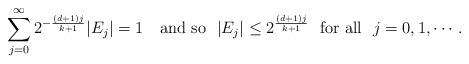
LaTeX: \begin{align*} \sum_{j=0}^\infty 2^{-\frac{(d+1)j}{k+1}}|E_j|=1\quad\mbox{and so} ~~ |E_j|\leq 2^{\frac{(d+1)j}{k+1}}~~\mbox{for all}~~j=0,1,\cdots.\end{align*}